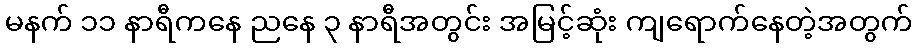
မနက် ၁၁ နာရီကနေ ညနေ ၃ နာရီအတွင်း အမြင့်ဆုံး ကျရောက်နေတဲ့အတွက်